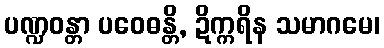
ပဏ္ဍဝန္တာ ပဝေဓန္တိ, ဍိက္ကရိန သမာဂမေ၊